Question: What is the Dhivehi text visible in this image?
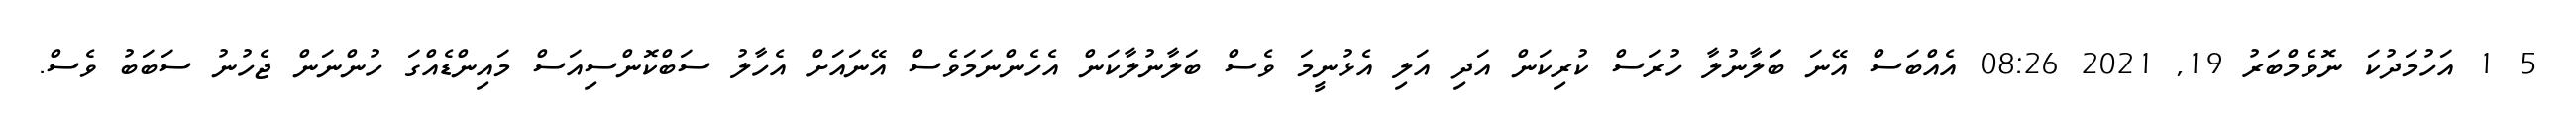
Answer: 5 1 އަހުމަދުކަ ނޮވެމްބަރު 19, 2021 08:26 އެއްބަސް އޭނަ ބަަލާނުލާ ހުރަސް ކުރިކަން އަދި އަލި އެޅުނީމަ ވެސް ބަލާނުލާކަން އެހެންނަމަވެސް އޭނައަށް އެހާލު ސަބްކޮންސިއަސް މައިންޑެއްގަ ހުންނަން ޖެހުނު ސަބަބު ވެސް.